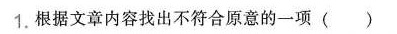
1.根据文章内容找出不符合原意的一项( )